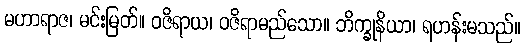
မဟာရာဇ၊ မင်းမြတ်။ ဝဇိရာယ၊ ဝဇိရာမည်သော။ ဘိက္ခုနိယာ၊ ရဟန်းမသည်။